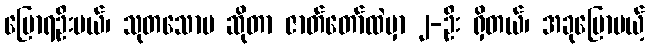
ပြောရဦးမယ်၊ သုတသောမ ဆိုတာ ဇာတ်တော်ထဲမှာ ၂-ဦး ရှိတယ်၊ အခုပြောမယ့်